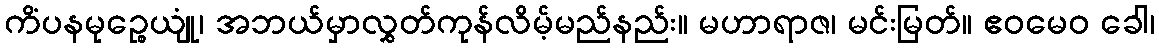
ကိံပနမုဉ္စေယျုံ၊ အဘယ်မှာလွှတ်ကုန်လိမ့်မည်နည်း။ မဟာရာဇ၊ မင်းမြတ်။ ဧဝမေဝ ခေါ၊